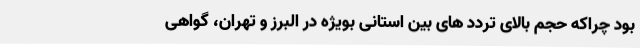
بود چراکه حجم بالای تردد های بین استانی بویژه در البرز و تهران، گواهی